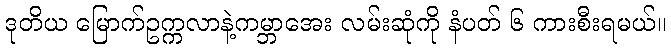
ဒုတိယ မြောက်ဥက္ကလာနဲ့ကမ္ဘာအေး လမ်းဆုံကို နံပတ် ၆ ကားစီးရမယ်။